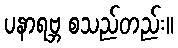
ပနာရဗ္ဘ စသည်တည်း။